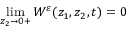
\operatorname* { l i m } _ { z _ { 2 } \to 0 + } W ^ { \varepsilon } ( z _ { 1 } , z _ { 2 } , t ) = 0